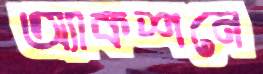
অ্যাকশনে